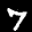
Label: 7